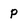
Character: p